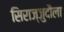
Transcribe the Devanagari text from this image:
सिराज्जुदौला